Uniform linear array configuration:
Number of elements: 12
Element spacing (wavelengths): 0.5
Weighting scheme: blackman
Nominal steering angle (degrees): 60
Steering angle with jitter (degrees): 61.881
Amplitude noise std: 0.05
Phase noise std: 0.05

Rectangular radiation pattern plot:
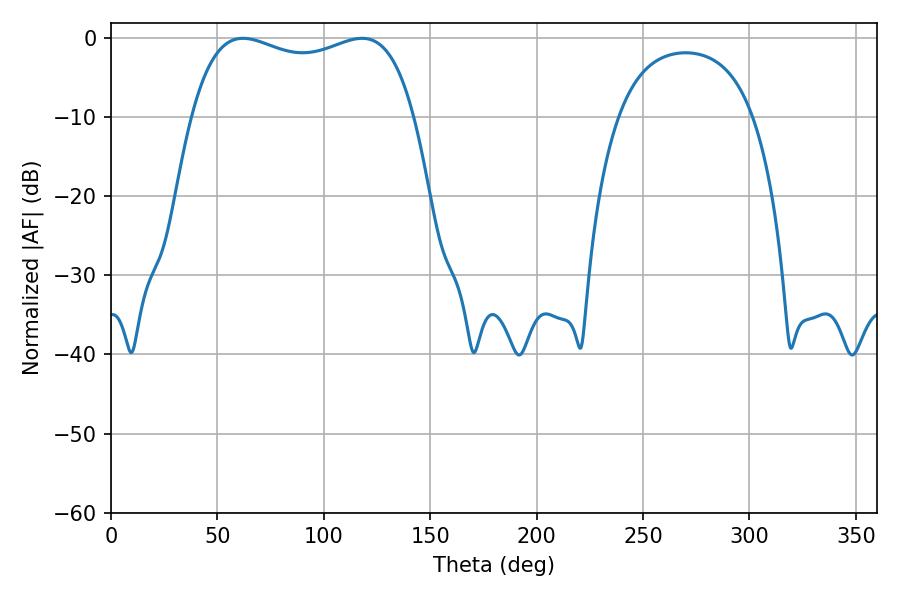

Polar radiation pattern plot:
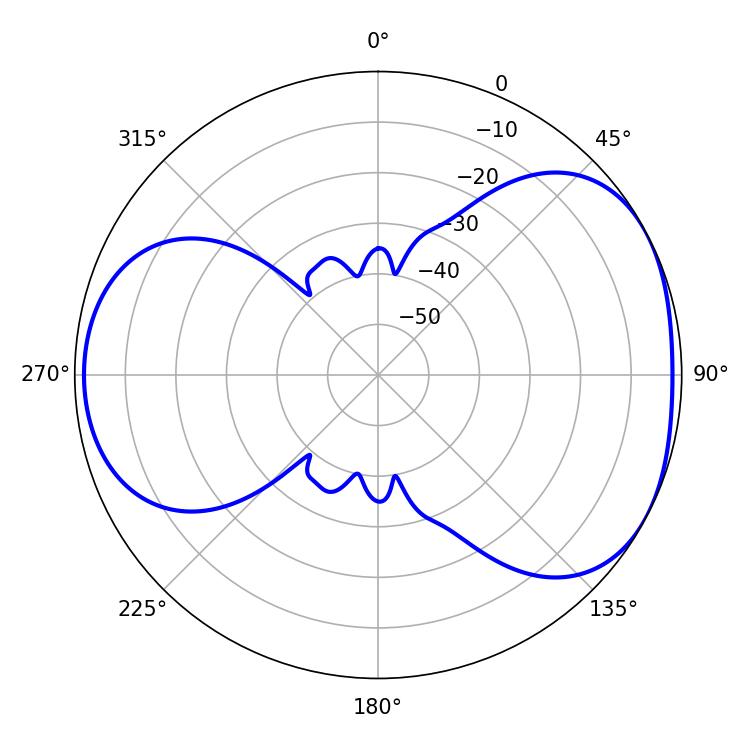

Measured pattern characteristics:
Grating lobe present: FALSE
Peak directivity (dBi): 4.572
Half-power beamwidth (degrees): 85.68
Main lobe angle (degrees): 62.1